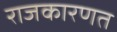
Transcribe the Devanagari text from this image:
राजकारणत